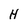
Character: H